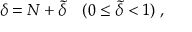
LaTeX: \delta = N + \tilde { \delta } \quad ( 0 \le \tilde { \delta } < 1 ) \; ,